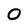
Character: 0